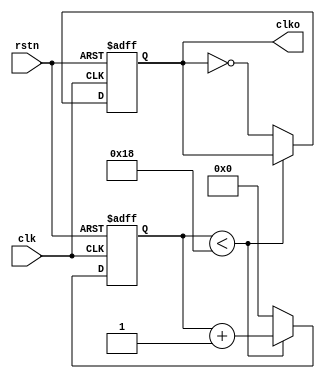
/************************************************************
 * Modulo descriptivo para generador de pulsos de reloj     *
 * Codigo parametrizado con valores SYSFREQ/OUTFREQ en Hz   *
 * Sistemas Digitales II, Pablo Zarate (pablinza@me.com)    *
 ***********************************************************/
module drv_clock(clk, rstn, clko);
input clk, rstn; //Entrada de reloj principal 
output reg clko; //Salida de reloj 
parameter SYSFREQ = 50000000; //Frecuencia principal en Hz
parameter OUTFREQ =  1000000; //Frecuencia de salida en Hz
localparam halfOUTFREQ = (SYSFREQ/OUTFREQ)/2;
localparam WIDTH = $clog2(halfOUTFREQ); //Medio ciclo
reg [WIDTH-1:0] cnt; //Contador para medio ciclo OUTFREQ
always @(posedge clk or negedge rstn) //Para cada 0.02u (50MHz) 
if(!rstn)
  begin 
  clko <= 0;
  cnt <= 0;
  end
else
  begin
    if(cnt < (halfOUTFREQ-1)) //medio ciclo 
    cnt <= cnt + 1'd1;
    else
      begin
      clko = ~clko;
	  cnt <= 0;   
      end
  end
endmodule